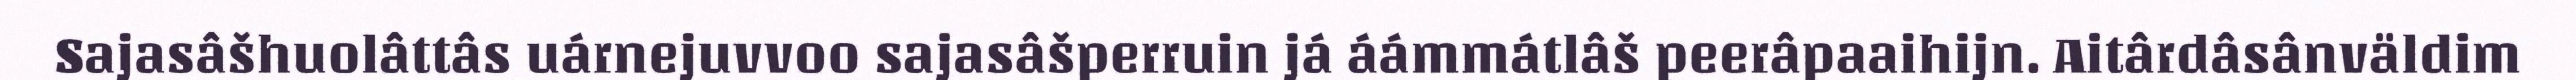
Sajasâšhuolâttâs uárnejuvvoo sajasâšperruin já áámmátlâš peerâpaaihijn. Aitârdâsânväldim